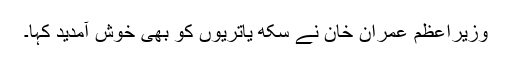
وزیراعظم عمران خان نے سکھ یاتریوں کو بھی خوش آمدید کہا۔